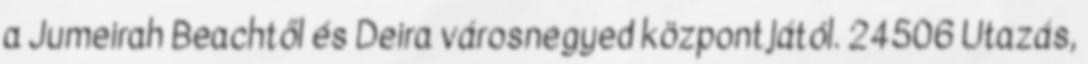
a Jumeirah Beachtől és Deira városnegyed központjától. 24506 Utazás,